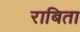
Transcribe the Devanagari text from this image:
राबिता